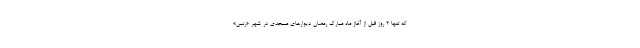
که تنها 2 روز قبل از آغاز ماه مبارک رمضان دیوارهای مسجدی در شهر «رنس»